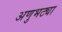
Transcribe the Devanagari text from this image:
अणुभट्या